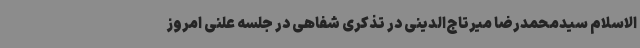
الاسلام سیدمحمدرضا میرتاج‌الدینی در تذکری شفاهی در جلسه علنی امروز